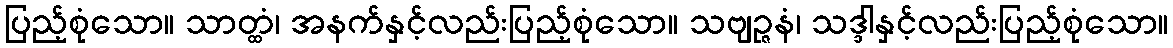
ပြည့်စုံသော။ သာတ္ထံ၊ အနက်နှင့်လည်းပြည့်စုံသော။ သဗျဉ္ဇနံ၊ သဒ္ဒါနှင့်လည်းပြည့်စုံသော။